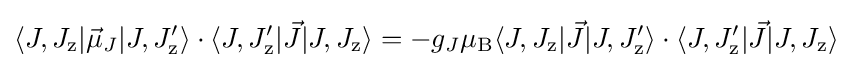
\langle J,J_{\text{z}}|{\vec {\mu }}_{J}|J,J'_{\text{z}}\rangle \cdot \langle J,J'_{\text{z}}|{\vec {J}}|J,J_{\text{z}}\rangle =-g_{J}\mu _{\rm {B}}\langle J,J_{\text{z}}|{\vec {J}}|J,J'_{\text{z}}\rangle \cdot \langle J,J'_{\text{z}}|{\vec {J}}|J,J_{\text{z}}\rangle